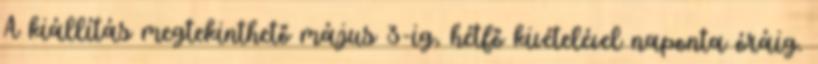
A kiállítás megtekinthető május 3-ig, hétfő kivételével naponta óráig.